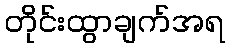
တိုင်းထွာချက်အရ